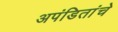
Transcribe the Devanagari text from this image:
अपंडितांचे